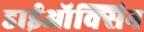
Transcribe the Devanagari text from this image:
डाईऑक्सिन